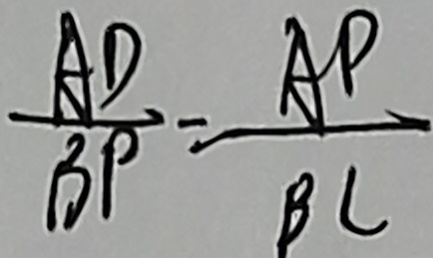
\frac { A D } { B P } = \frac { A P } { B C }